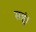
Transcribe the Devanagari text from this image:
सहूं।